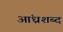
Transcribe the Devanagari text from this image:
आंध्रशब्द